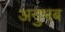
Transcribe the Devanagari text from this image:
अनुभब